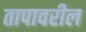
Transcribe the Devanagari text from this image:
तापावरील